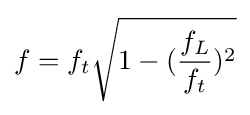
f=f_{t}{\sqrt {1-({\frac {f_{L}}{f_{t}}})^{2}}}